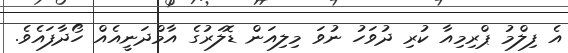
އެ ފިލްމު ޕްރިމިއާ ކުރި ދުވަހު ނުވަ މިލިއަން ޑޮލަރުގެ އާމްދަނީއެއް ހޯދާފައެވެ.